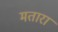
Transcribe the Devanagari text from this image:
मतारा